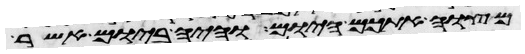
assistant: מצוה אתכם היום והיה ביום אשר